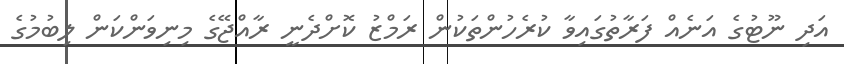
އަދި ނޫޓުގެ އަނެއް ފަރާތުގައިވާ ކުރެހުންތަކުން ރަމްޒު ކޮށްދެނީ ރާއްޖޭގެ މިނިވަންކަން ލިބުމުގެ